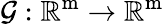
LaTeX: \mathcal{G}:\mathbb{R}^{\mathrm{m}}\rightarrow\mathbb{R}^{\mathrm{m}}